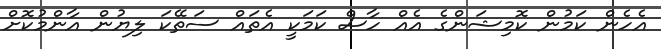
އެހެން ކަމުން ކޮމިޝަންގެ އެއް ހާސް ކަމަކީ އެތައް ސަތޭކަ ލިޔުން އާންމުކޮށް